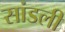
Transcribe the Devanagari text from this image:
सांडली